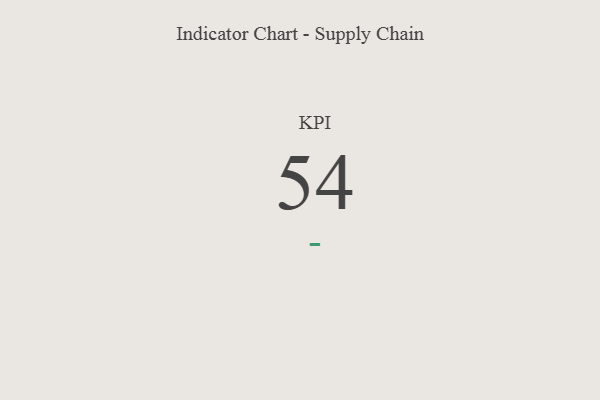
{"axis": {"x": "KPI", "y": "Value"}, "legend": [""], "data": [{"x": "KPI", "y": 54, "type": ""}]}